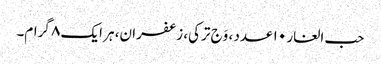
حب الغار ۱۰ عدد ، وَج ترکی، زعفران، ہر ایک ۸ گرام۔